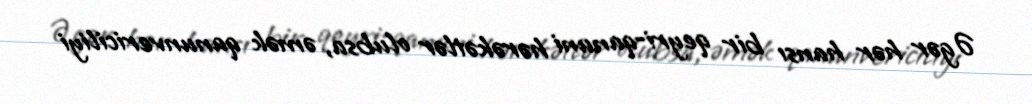
Əgər hər hansı bir qeyri-qanuni hərəkətlər olubsa, əmək qanunvericiliyi